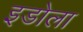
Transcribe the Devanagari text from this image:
इडोला